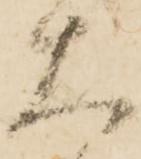
大